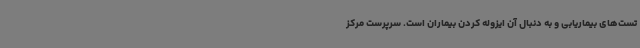
تست‌های بیماریابی و به دنبال آن ایزوله کردن بیماران است. سرپرست مرکز